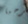
مرحبا